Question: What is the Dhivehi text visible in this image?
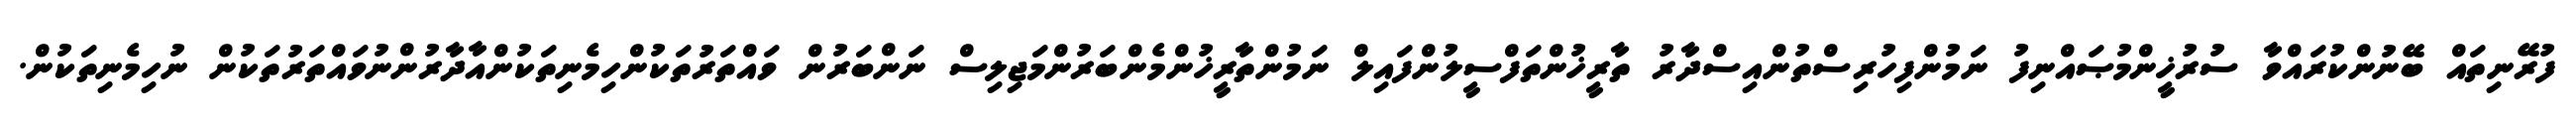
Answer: ފުރޭނިތައް ބޭނުންކުރައްވާ ސުރުޚީންމުޞައްނިފު ނަމުންފިހުރިސްތުންއިސްދާރު ތާރީޚުންތަފްސީލުންފައިލް ނަމުންތާރީޚުންމެންބަރުންމަޖިލިސް ނަންބަރުން ވައްތަރުތަކުންހިމެނިތަކުންއާދާރުންނުވައްތަރުތަކުން ނުހިމެނިތަކުން.